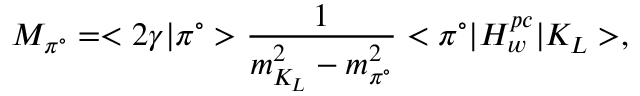
M _ { \pi ^ { \circ } } = < 2 \gamma | \pi ^ { \circ } > \frac { 1 } { m _ { K _ { L } } ^ { 2 } - m _ { \pi ^ { \circ } } ^ { 2 } } < \pi ^ { \circ } | H _ { w } ^ { p c } | K _ { L } > ,